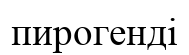
пирогенді